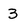
Character: 3